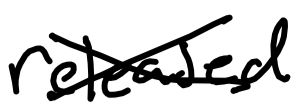
Text: released
Cross-out: cross
Writing tool: digital_black